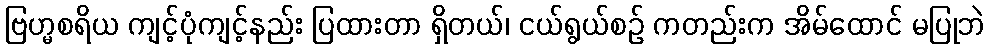
ဗြဟ္မစရိယ ကျင့်ပုံကျင့်နည်း ပြထားတာ ရှိတယ်၊ ငယ်ရွယ်စဉ် ကတည်းက အိမ်ထောင် မပြုဘဲ